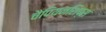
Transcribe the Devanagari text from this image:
चैपियनशिप्स